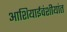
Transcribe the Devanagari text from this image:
आशियाईवंशीयांत